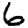
Digit: 6